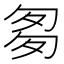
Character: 𠣨